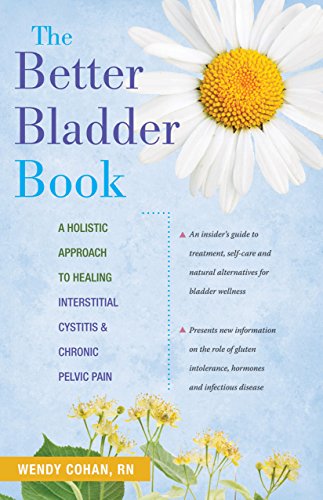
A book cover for The Better Bladder Book: A Holistic Approach to Healing Interstitial Cystitis and Chronic Pelvic Pain; Wendy L. Cohan; Health, Fitness & Dieting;